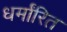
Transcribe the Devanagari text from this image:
धर्मांरित